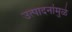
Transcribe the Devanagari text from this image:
उत्पादनांमुळे